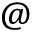
@